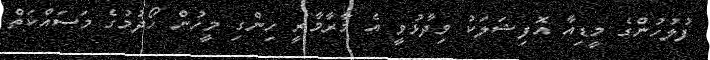
ފުލުހުންގެ މީޑިއާ އޮފިޝަލަކު ވިދާޅުވީ އެ މާރާމާރީ ހިންގި މީހުން ހޯދުމުގެ މަސައްކަތް